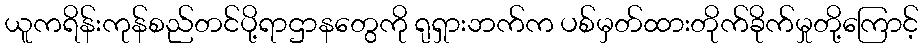
ယူကရိန်းကုန်စည်တင်ပို့ရာဌာနတွေကို ရုရှားဘက်က ပစ်မှတ်ထားတိုက်ခိုက်မှုတို့ကြောင့်